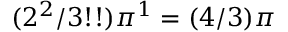
( 2 ^ { 2 } / 3 ! ! ) \pi ^ { 1 } = ( 4 / 3 ) \pi